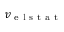
v _ { \mathrm { ~ e ~ l ~ s ~ t ~ a ~ t ~ } }